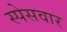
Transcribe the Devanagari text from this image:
स्पेसवार